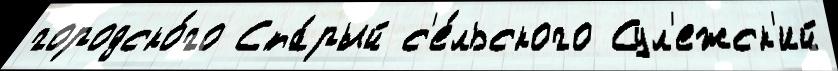
городско́го Ста́рый с'е́льского Сул'ежск'ий